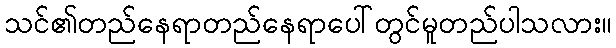
သင်၏တည်နေရာတည်နေရာပေါ်တွင်မူတည်ပါသလား။